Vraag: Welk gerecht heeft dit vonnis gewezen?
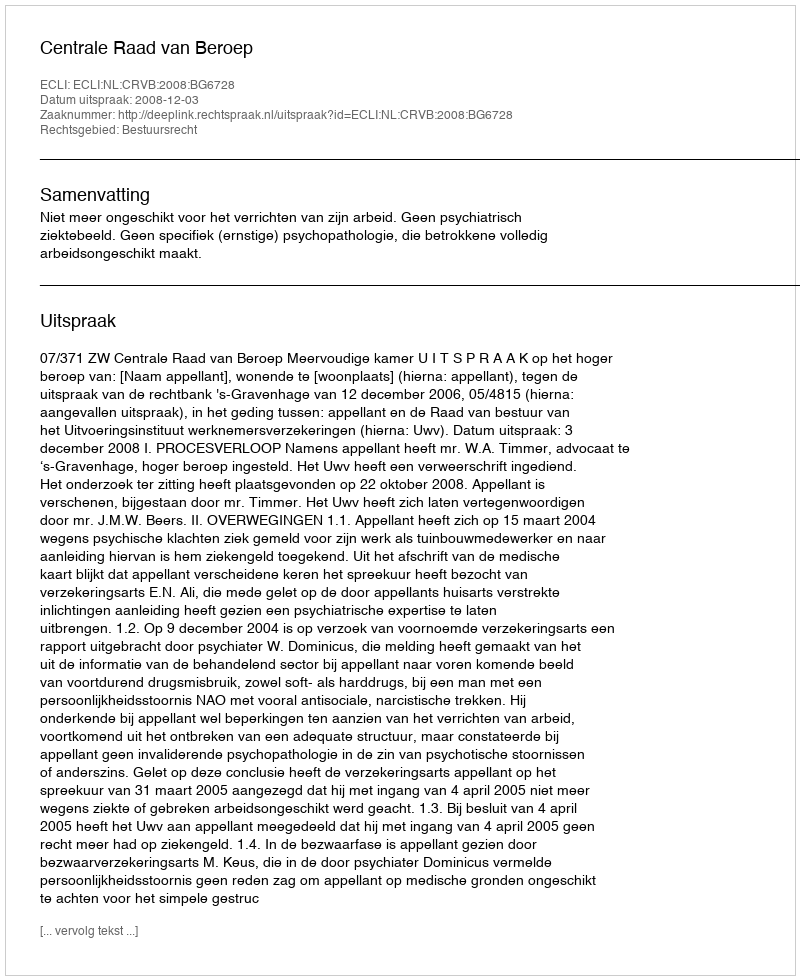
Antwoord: Centrale Raad van Beroep